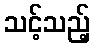
သင့်သည့်